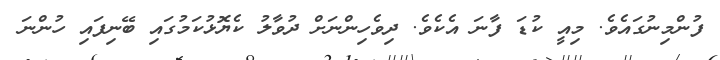
ފުންމިނުގައެވެ. މިއީ ކުޑަ ފާނަ އެކެވެ. ދިވެހިންނަށް ދުވާލު ކެޔޮޅުކަމުގައި ބޭނިފައި ހުންނަ